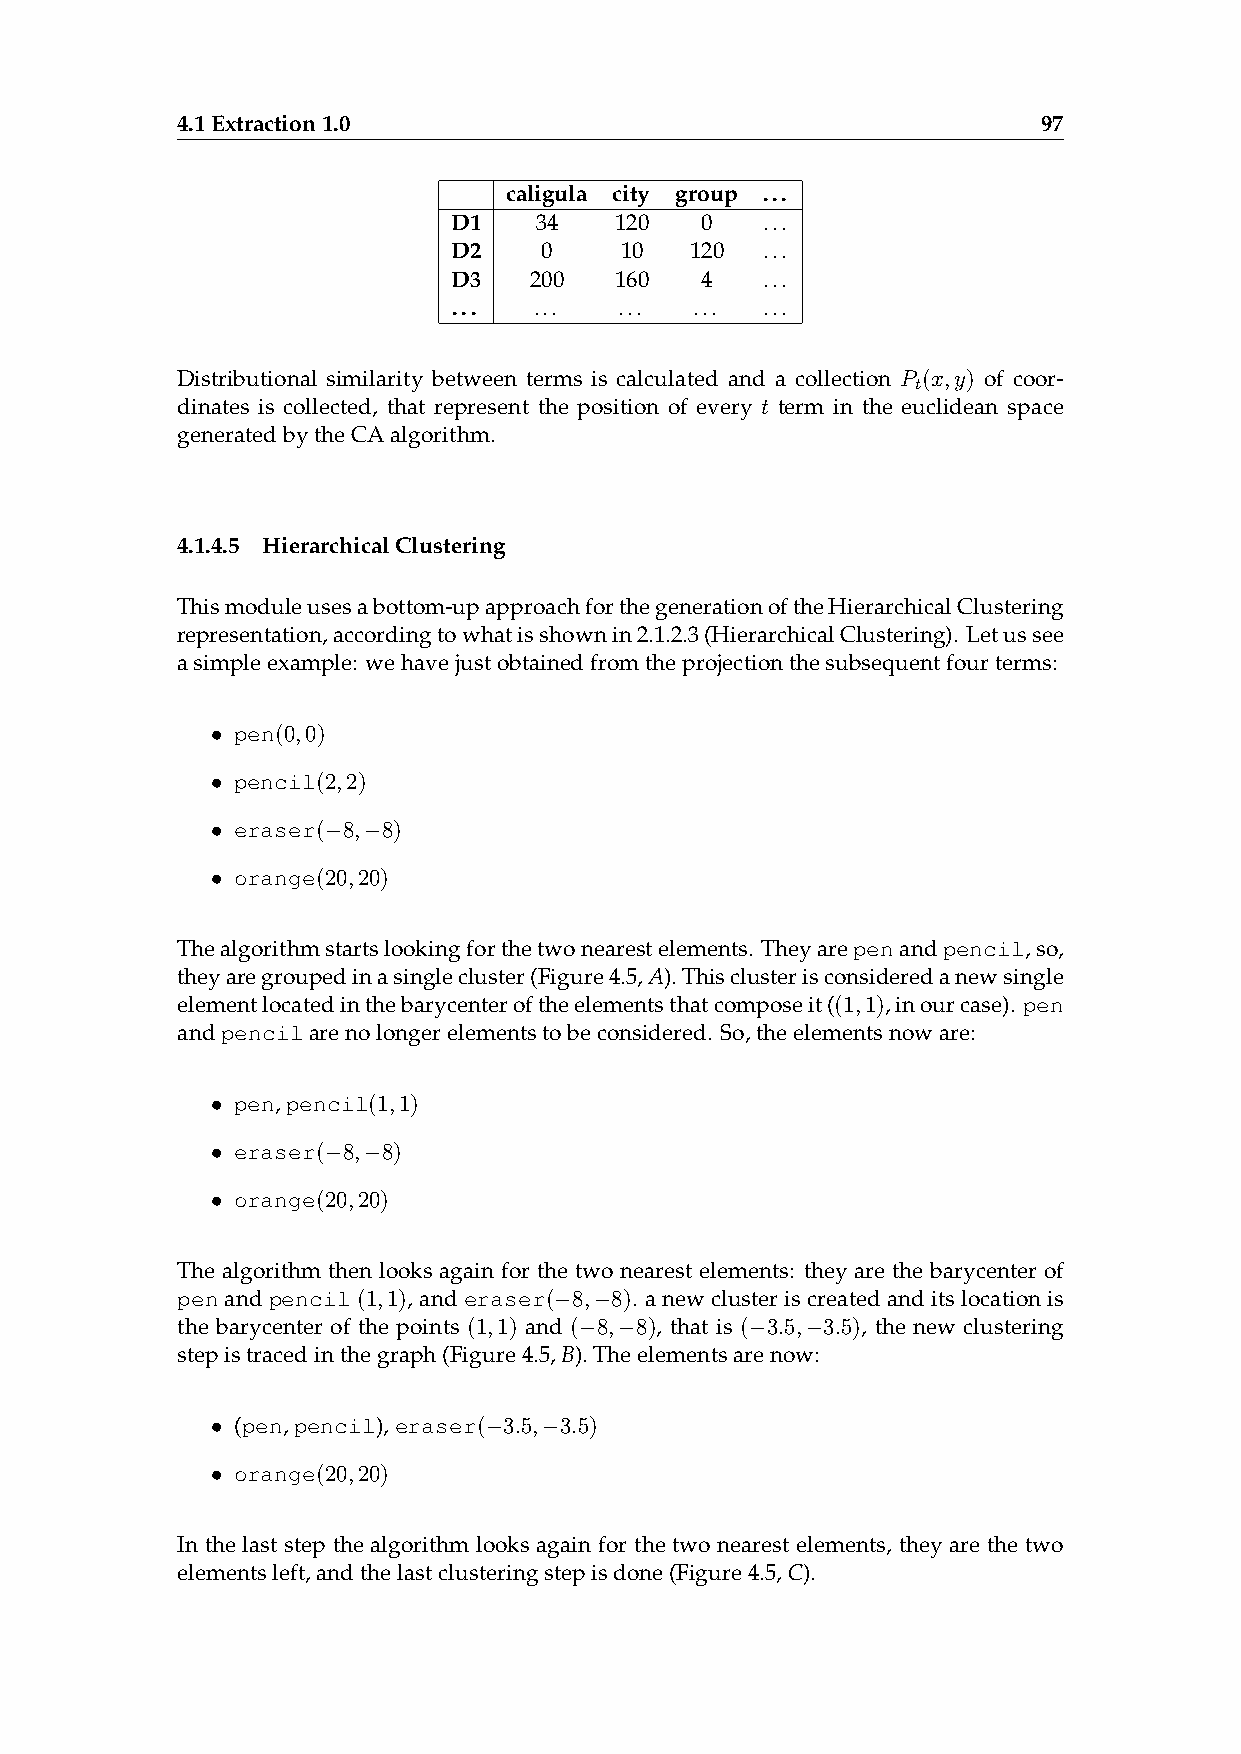
4.1Extraction1.0                                         97
 caligula city group ...
 D1   34    120  0   ...
 D2    0    10   120 ...
 D3   200   160  4   ...
 ...  ...   ...  ... ...
 Distributional similarity between terms is calculated and a collection P (x,y) of coor-
 t
 dinates is collected, that represent the position of every t term in the euclidean space
 generatedbytheCAalgorithm.
 4.1.4.5 HierarchicalClustering
 Thismoduleusesabottom-upapproachforthegenerationoftheHierarchicalClustering
 representation,accordingtowhatisshownin2.1.2.3(HierarchicalClustering). Letussee
 asimpleexample: wehavejustobtainedfromtheprojectionthesubsequentfourterms:
 • pen(0,0)
 • pencil(2,2)
 • eraser(−8,−8)
 • orange(20,20)
 Thealgorithmstartslookingforthetwonearestelements. Theyarepenandpencil,so,
 theyaregroupedinasinglecluster(Figure4.5,A).Thisclusterisconsideredanewsingle
 elementlocatedinthebarycenteroftheelementsthatcomposeit((1,1),inourcase). pen
 andpencilarenolongerelementstobeconsidered. So,theelementsnoware:
 • pen,pencil(1,1)
 • eraser(−8,−8)
 • orange(20,20)
 The algorithm then looks again for the two nearest elements: they are the barycenter of
 penandpencil(1,1),anderaser(−8,−8). anewclusteriscreatedanditslocationis
 the barycenter of the points (1,1) and (−8,−8), that is (−3.5,−3.5), the new clustering
 stepistracedinthegraph(Figure4.5,B).Theelementsarenow:
 • (pen,pencil),eraser(−3.5,−3.5)
 • orange(20,20)
 In the last step the algorithm looks again for the two nearest elements, they are the two
 elementsleft,andthelastclusteringstepisdone(Figure4.5,C).